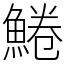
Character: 䱧